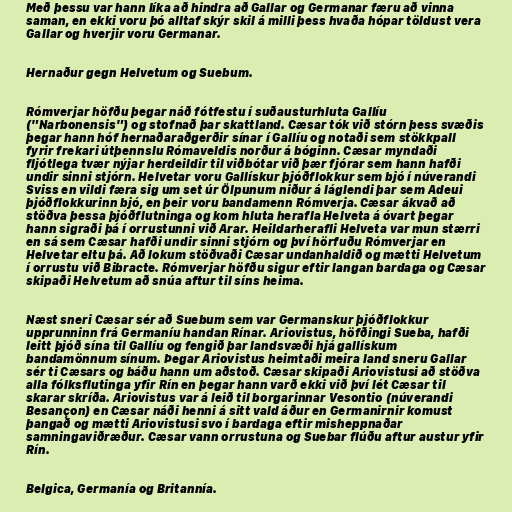
Með þessu var hann líka að hindra að Gallar og Germanar færu að vinna
saman, en ekki voru þó alltaf skýr skil á milli þess hvaða hópar töldust vera
Gallar og hverjir voru Germanar.

Hernaður gegn Helvetum og Suebum.

Rómverjar höfðu þegar náð fótfestu í suðausturhluta Gallíu
("Narbonensis") og stofnað þar skattland. Cæsar tók við stórn þess svæðis
þegar hann hóf hernaðaraðgerðir sínar í Gallíu og notaði sem stökkpall
fyrir frekari útþennslu Rómaveldis norður á bóginn. Cæsar myndaði
fljótlega tvær nýjar herdeildir til viðbótar við þær fjórar sem hann hafði
undir sinni stjórn. Helvetar voru Gallískur þjóðflokkur sem bjó í núverandi
Sviss en vildi færa sig um set úr Ölpunum niður á láglendi þar sem Adeui
þjóðflokkurinn bjó, en þeir voru bandamenn Rómverja. Cæsar ákvað að
stöðva þessa þjóðflutninga og kom hluta herafla Helveta á óvart þegar
hann sigraði þá í orrustunni við Arar. Heildarherafli Helveta var mun stærri
en sá sem Cæsar hafði undir sinni stjórn og því hörfuðu Rómverjar en
Helvetar eltu þá. Að lokum stöðvaði Cæsar undanhaldið og mætti Helvetum
í orrustu við Bibracte. Rómverjar höfðu sigur eftir langan bardaga og Cæsar
skipaði Helvetum að snúa aftur til síns heima.

Næst sneri Cæsar sér að Suebum sem var Germanskur þjóðflokkur
upprunninn frá Germaníu handan Rínar. Ariovistus, höfðingi Sueba, hafði
leitt þjóð sína til Gallíu og fengið þar landsvæði hjá gallískum
bandamönnum sínum. Þegar Ariovistus heimtaði meira land sneru Gallar
sér ti Cæsars og báðu hann um aðstoð. Cæsar skipaði Ariovistusi að stöðva
alla fólksflutinga yfir Rín en þegar hann varð ekki við því lét Cæsar til
skarar skríða. Ariovistus var á leið til borgarinnar Vesontio (núverandi
Besançon) en Cæsar náði henni á sitt vald áður en Germanirnir komust
þangað og mætti Ariovistusi svo í bardaga eftir misheppnaðar
samningaviðræður. Cæsar vann orrustuna og Suebar flúðu aftur austur yfir
Rín.

Belgica, Germanía og Britannía.